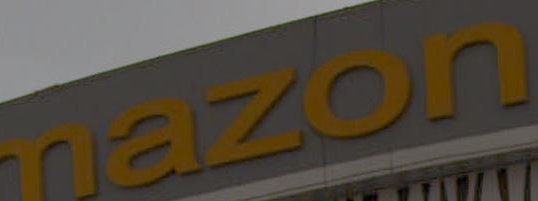
mazon